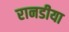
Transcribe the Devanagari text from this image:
रानडीया